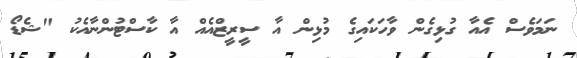
ނަމަވެސް އެއާ ގުޅިގެން ވާހަކައިގެ މުޅިން އާ ސީރީޒްއެއް އާ ކާސްޓުންނާއެކު "ޝެޑޯ